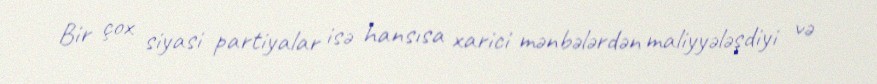
Bir çox siyasi partiyalar isə hansısa xarici mənbələrdən maliyyələşdiyi və